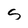
Character: S